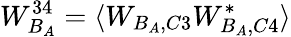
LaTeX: W_{B_{A}}^{34}=\langle W_{B_{A},C3}W_{B_{A},C4}^{*}\rangle